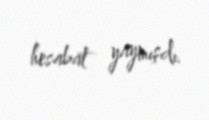
hesabat yaymışdı.